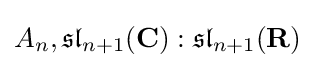
A_{n},{\mathfrak {sl}}_{n+1}(\mathbf {C} ):{\mathfrak {sl}}_{n+1}(\mathbf {R} )